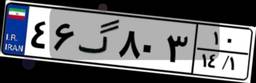
۳۶گ۴۸۸۸۳